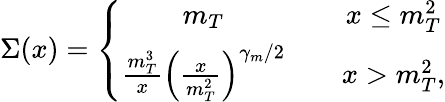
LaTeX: \Sigma(x)=\left\{ \begin{array}{cc}{{m_{T}}}&{{\quad x\leq m_{T}^{2}}}\\ {{{\frac{m_{T}^{3}}{x}}\left({\frac{x}{m_{T}^{2}}}\right)^{\gamma_{m}/2}}}&{{\quad x>m_{T}^{2},}}\end{array}\right.